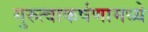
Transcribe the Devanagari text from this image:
गुरुत्वाकर्षणामध्ये